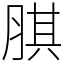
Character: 𦝁